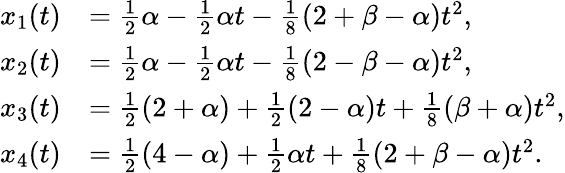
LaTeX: \begin{array}{rl}{x_{1}(t)}&{=\frac 12\alpha-\frac 12\alpha t-\frac 18(2+\beta-\alpha)t^{2},}\\ {x_{2}(t)}&{=\frac 12\alpha-\frac 12\alpha t-\frac 18(2-\beta-\alpha)t^{2},}\\ {x_{3}(t)}&{=\frac 12(2+\alpha)+\frac 12(2-\alpha)t+\frac 18(\beta+\alpha)t^{2},}\\ {x_{4}(t)}&{=\frac 12(4-\alpha)+\frac 12\alpha t+\frac 18(2+\beta-\alpha)t^{2}.}\end{array}